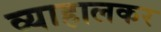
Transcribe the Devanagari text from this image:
व्याहालकर